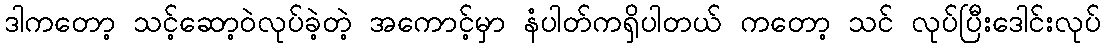
ဒါကတော့ သင့်ဆော့ဝဲလုပ်ခဲ့တဲ့ အကောင့်မှာ နံပါတ်ကရှိပါတယ် ကတော့ သင် လုပ်ပြီးဒေါင်းလုပ်